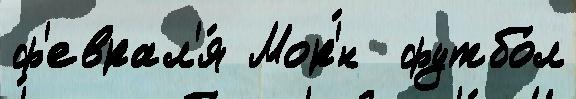
ф'еврал'я́ Мор'́н  футбо́л